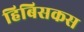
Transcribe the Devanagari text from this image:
हिबिसकस